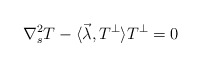
\begin{align*}\nabla_{s}^{2} T -\langle\vec\lambda, T^{\perp}\rangle T^{\perp} =0 \end{align*}